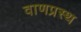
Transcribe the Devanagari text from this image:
वाणप्रस्थ